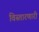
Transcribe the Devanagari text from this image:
विस्तारणारी